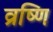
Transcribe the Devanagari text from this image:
व्रष्णि